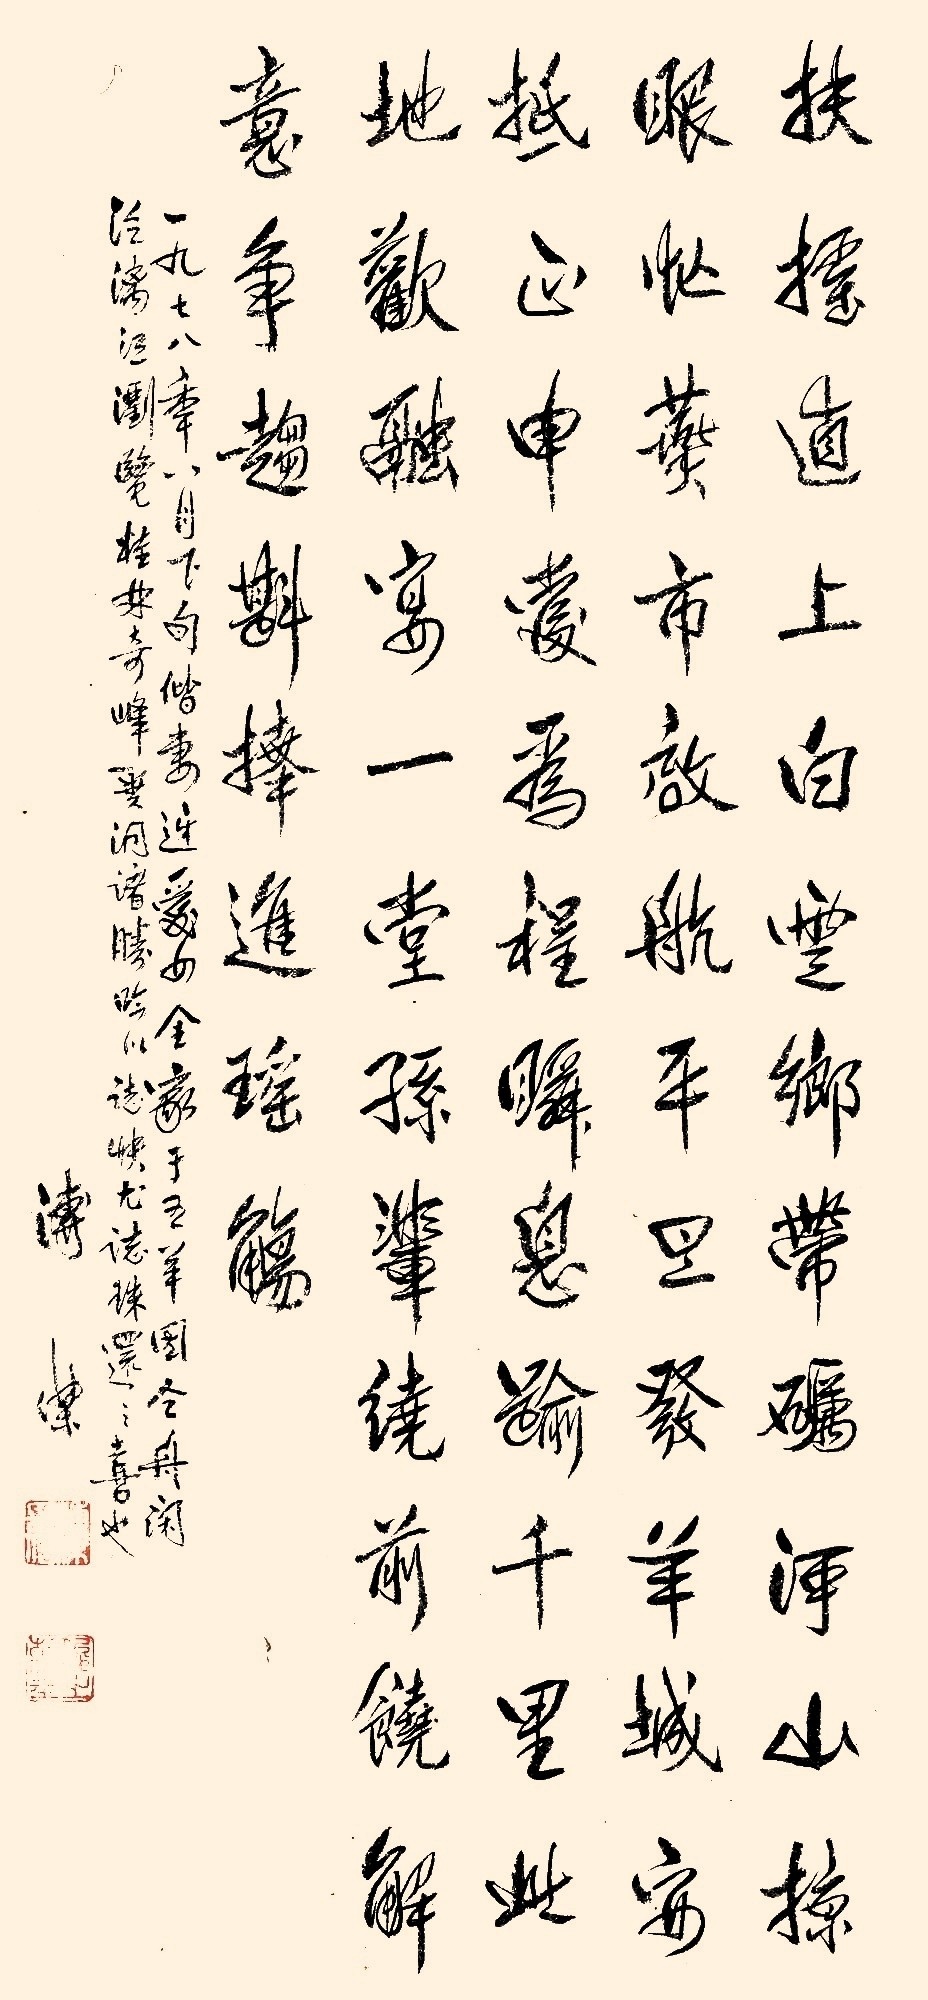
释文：扶摇直上白云乡，带砺河山掠眼忙。燕市启航平旦发，羊城安抵正申爱，为程瞬息逾千里。此地欢融宴一堂。孙辈绕前饶解意，争趋斟捧进瑶觞。一九七八年八月下旬，携妻迓爱女全家，于五羊图令舟闲泛漓江，览桂林奇峰异洞诸胜，吟以志快，尤志珠还之喜也。溥杰。